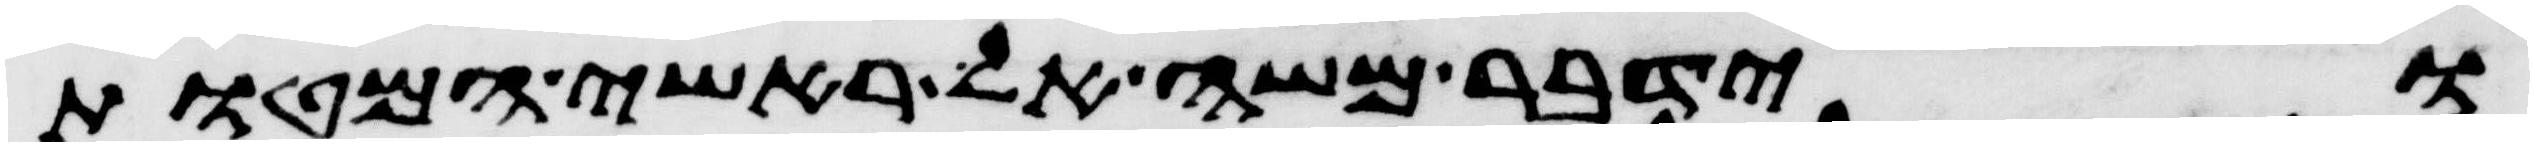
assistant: וידבר משה אל ראשי המטות